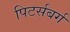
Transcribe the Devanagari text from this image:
पिटर्सबर्ग